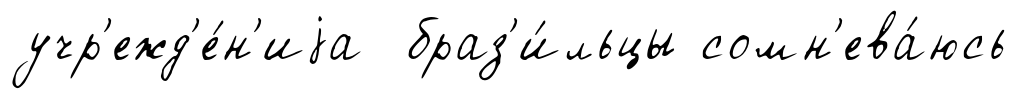
учр'ежд'е́н'иjа браз'и́льцы сомн'ева́юсь